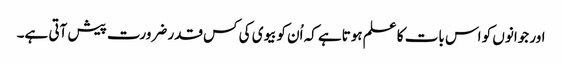
اور جوانوں کو اس بات کا علم ہوتاہے کہ اُن کوبیوی کی کس قدر ضرورت پیش آتی ہے۔